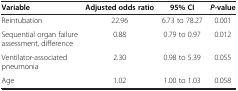
<table><thead><tr><td><b>Variable</b></td><td><b>Adjusted odds ratio</b></td><td><b>95% CI</b></td><td><b><i>P</i>-value</b></td></tr></thead><tbody><tr><td>Reintubation</td><td>22.96</td><td>6.73 to 78.27</td><td>0.001</td></tr><tr><td>Sequential organ failure assessment, difference</td><td>0.88</td><td>0.79 to 0.97</td><td>0.012</td></tr><tr><td>Ventilator-associated pneumonia</td><td>2.30</td><td>0.98 to 5.39</td><td>0.055</td></tr><tr><td>Age</td><td>1.02</td><td>1.00 to 1.03</td><td>0.058</td></tr></tbody></table>